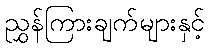
ညွှန်ကြားချက်များနှင့်